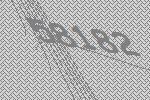
58182